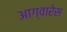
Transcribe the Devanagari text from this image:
आग्वारेस